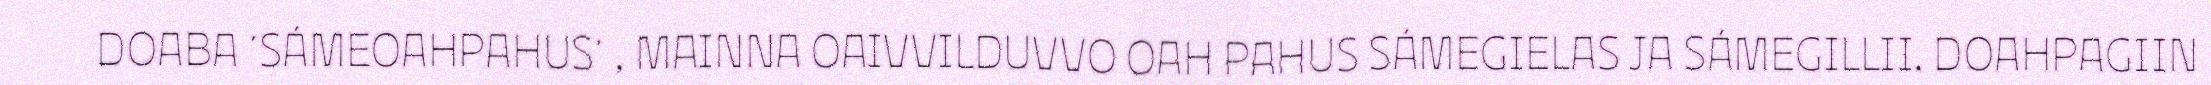
DOABA ´SÁMEOAHPAHUS´ , MAINNA OAIVVILDUVVO OAH PAHUS SÁMEGIELAS JA SÁMEGILLII. DOAHPAGIIN